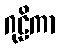
ဂုဠိကာ